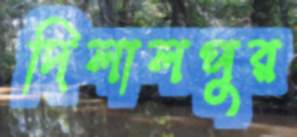
দিলালপুর